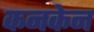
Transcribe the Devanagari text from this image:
कनकेन